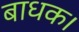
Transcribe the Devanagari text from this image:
बाधक।